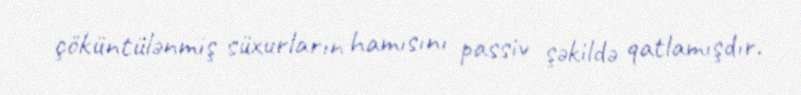
çöküntülənmiş süxurların hamısını passiv şəkildə qatlamışdır.